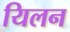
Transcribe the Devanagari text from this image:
यिलन